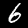
Label: 6